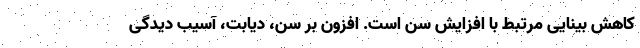
کاهش بینایی مرتبط با افزایش سن است. افزون بر سن، دیابت، آسیب دیدگی